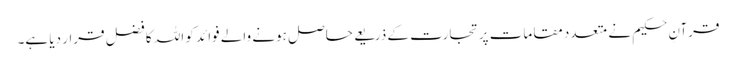
قرآنِ حکیم نے متعدد مقامات پرتجارت کے ذریعے حاصل ہونے والے فوائد کو اللہ کا فضل قرار دیا ہے۔